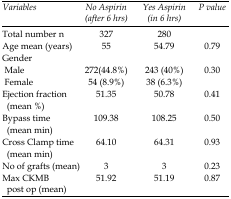
<table><thead><tr><td><b>Variables</b></td><td><b>No Aspirin (after 6 hrs)</b></td><td><b>Yes Aspirin (in 6 hrs)</b></td><td><b>P value</b></td></tr></thead><tbody><tr><td>Total number n</td><td>327</td><td>280</td><td></td></tr><tr><td>Age mean (years)</td><td>55</td><td>54.79</td><td>0.79</td></tr><tr><td>Gender</td><td></td><td></td><td></td></tr><tr><td>Male</td><td>272(44.8%)</td><td>243 (40%)</td><td>0.30</td></tr><tr><td>Female</td><td>54 (8.9%)</td><td>38 (6.3%)</td><td></td></tr><tr><td>Ejection fraction (mean %)</td><td>51.35</td><td>50.78</td><td>0.41</td></tr><tr><td>Bypass time (mean min)</td><td>109.38</td><td>108.25</td><td>0.50</td></tr><tr><td>Cross Clamp time (mean min)</td><td>64.10</td><td>64.31</td><td>0.93</td></tr><tr><td>No of grafts (mean)</td><td>3</td><td>3</td><td>0.23</td></tr><tr><td>Max CKMB post op (mean)</td><td>51.92</td><td>51.19</td><td>0.87</td></tr></tbody></table>